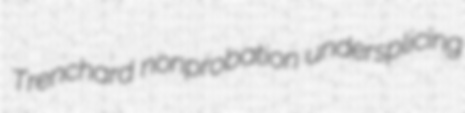
Trenchard nonprobation undersplicing